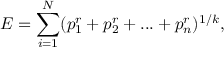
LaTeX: E = \sum _ { i = 1 } ^ { N } ( p _ { 1 } ^ { r } + p _ { 2 } ^ { r } + . . . + p _ { n } ^ { r } ) ^ { 1 / k } ,